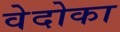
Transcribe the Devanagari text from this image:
वेदोका